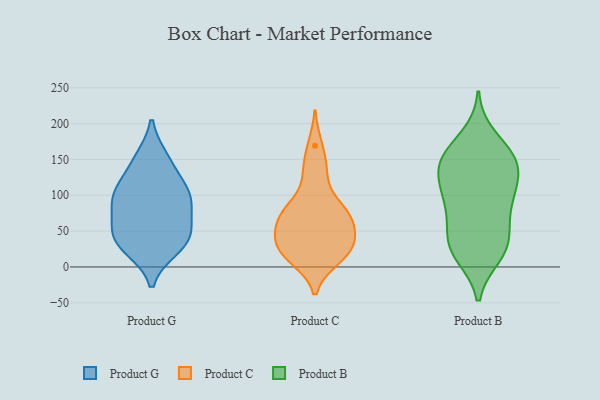
{"axis": {"x": "Active Users", "y": "Value"}, "legend": ["Product B", "Product C", "Product G"], "data": [{"x": "", "y": 88, "type": "Product G"}, {"x": "", "y": 62, "type": "Product G"}, {"x": "", "y": 110, "type": "Product G"}, {"x": "", "y": 26, "type": "Product G"}, {"x": "", "y": 55, "type": "Product G"}, {"x": "", "y": 104, "type": "Product G"}, {"x": "", "y": 37, "type": "Product G"}, {"x": "", "y": 147, "type": "Product G"}, {"x": "", "y": 43, "type": "Product G"}, {"x": "", "y": 151, "type": "Product G"}, {"x": "", "y": 102, "type": "Product G"}, {"x": "", "y": 29, "type": "Product G"}, {"x": "", "y": 93, "type": "Product G"}, {"x": "", "y": 11, "type": "Product C"}, {"x": "", "y": 24, "type": "Product C"}, {"x": "", "y": 76, "type": "Product C"}, {"x": "", "y": 139, "type": "Product C"}, {"x": "", "y": 51, "type": "Product C"}, {"x": "", "y": 55, "type": "Product C"}, {"x": "", "y": 82, "type": "Product C"}, {"x": "", "y": 127, "type": "Product C"}, {"x": "", "y": 28, "type": "Product C"}, {"x": "", "y": 72, "type": "Product C"}, {"x": "", "y": 169, "type": "Product C"}, {"x": "", "y": 21, "type": "Product C"}, {"x": "", "y": 83, "type": "Product C"}, {"x": "", "y": 43, "type": "Product C"}, {"x": "", "y": 32, "type": "Product C"}, {"x": "", "y": 70, "type": "Product C"}, {"x": "", "y": 12, "type": "Product C"}, {"x": "", "y": 157, "type": "Product B"}, {"x": "", "y": 152, "type": "Product B"}, {"x": "", "y": 94, "type": "Product B"}, {"x": "", "y": 124, "type": "Product B"}, {"x": "", "y": 122, "type": "Product B"}, {"x": "", "y": 86, "type": "Product B"}, {"x": "", "y": 47, "type": "Product B"}, {"x": "", "y": 150, "type": "Product B"}, {"x": "", "y": 159, "type": "Product B"}, {"x": "", "y": 142, "type": "Product B"}, {"x": "", "y": 25, "type": "Product B"}, {"x": "", "y": 62, "type": "Product B"}, {"x": "", "y": 96, "type": "Product B"}, {"x": "", "y": 99, "type": "Product B"}, {"x": "", "y": 182, "type": "Product B"}, {"x": "", "y": 20, "type": "Product B"}, {"x": "", "y": 43, "type": "Product B"}, {"x": "", "y": 24, "type": "Product B"}, {"x": "", "y": 135, "type": "Product B"}, {"x": "", "y": 16, "type": "Product B"}]}